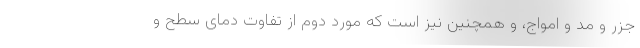
جزر و مد و امواج، و همچنین نیز است که مورد دوم از تفاوت دمای سطح و